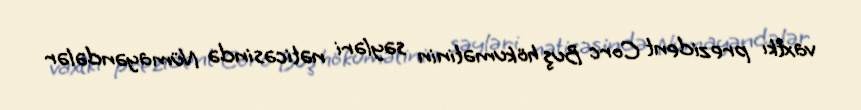
vaxtkı prezident Corc Buş hökumətinin səyləri nəticəsində Nümayəndələr